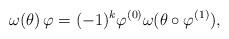
LaTeX: \begin{align*}\omega(\theta)\,\varphi=(-1)^{k}\varphi^{(0)}\omega(\theta\circ\varphi^{(1)}), \end{align*}